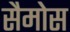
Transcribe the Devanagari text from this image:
सैमोस